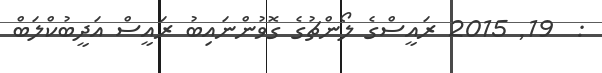
:  19